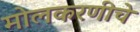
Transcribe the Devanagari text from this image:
मोलकरणीचे